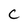
Character: C